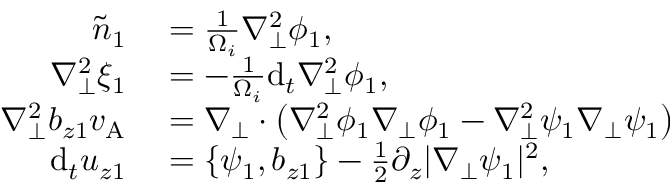
\begin{array} { r l } { \tilde { n } _ { 1 } } & { { } = \frac { 1 } { \Omega _ { i } } \nabla _ { \perp } ^ { 2 } \phi _ { 1 } , } \\ { \nabla _ { \perp } ^ { 2 } \xi _ { 1 } } & { { } = - \frac { 1 } { \Omega _ { i } } \mathrm { d } _ { t } \nabla _ { \perp } ^ { 2 } \phi _ { 1 } , } \\ { \nabla _ { \perp } ^ { 2 } b _ { z 1 } v _ { \mathrm { A } } } & { { } = \nabla _ { \perp } \cdot \left( \nabla _ { \perp } ^ { 2 } \phi _ { 1 } \nabla _ { \perp } \phi _ { 1 } - \nabla _ { \perp } ^ { 2 } \psi _ { 1 } \nabla _ { \perp } \psi _ { 1 } \right) } \\ { \mathrm { d } _ { t } u _ { z 1 } } & { { } = \{ \psi _ { 1 } , b _ { z 1 } \} - \frac { 1 } { 2 } \partial _ { z } | \nabla _ { \perp } \psi _ { 1 } | ^ { 2 } , } \end{array}